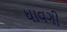
ધાવગી